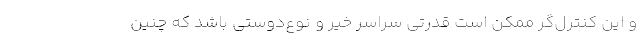
و این کنترل‌گر ممکن است قدرتی سراسر خیر و نوع‌دوستی باشد که چنین